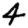
Digit: 4